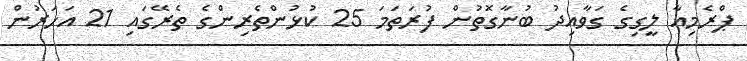
ޕްރެމިއާ ލީގިގެ ގަވާއިދު ބުނާގޮތުން ފުރަތަމަ 25 ކުޅުންތެރިންގެ ތެރޭގައި 21 އަހަރުން